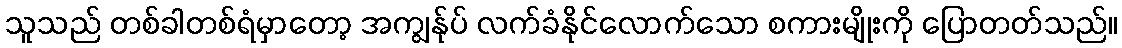
သူသည် တစ်ခါတစ်ရံမှာတော့ အကျွန်ုပ် လက်ခံနိုင်လောက်သော စကားမျိုးကို ပြောတတ်သည်။